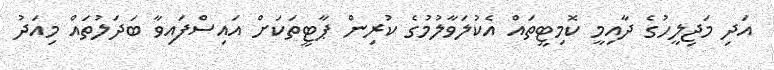
އަދި މަޖިލީހުގެ ދާއިމީ ކޮމިޓީތައް އެކުލަވާލުމުގެ ކުރިން ޕާޓީތަކަށް އައިސްފައިވާ ބަދަލުތައް މިއަދު